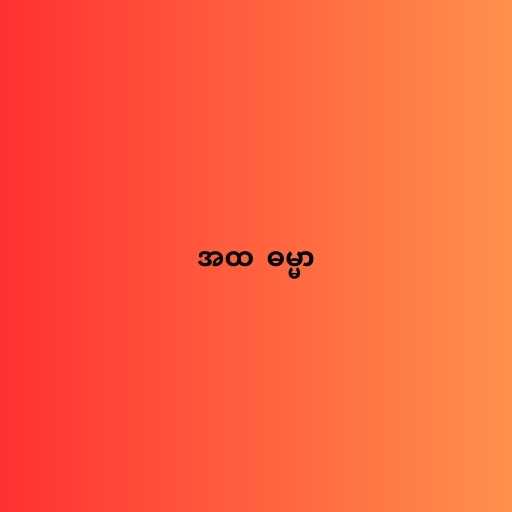
အထ  ဓမ္မာ